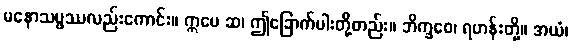
မနောသမ္ဖဿလည်းကောင်း။ ဣမေ ဆ၊ ဤခြောက်ပါးတို့တည်း။ ဘိက္ခဝေ၊ ရဟန်းတို့။ အယံ၊